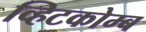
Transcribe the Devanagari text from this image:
व्हिटकोम्ब